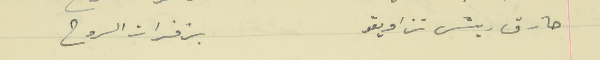
حارق ريش تزاويقو                                    بزفرات الروح